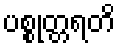
ပစ္စုတ္တရတိ